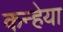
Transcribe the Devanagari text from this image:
कन्हेया